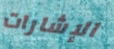
الإشارات